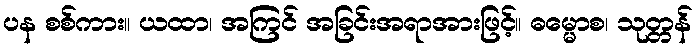
ပန စစ်ကား။ ယထာ၊ အကြင် အခြင်းအရာအားဖြင့်။ ဓမ္မောစ၊ သုတ္တန်